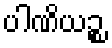
ပါဏိယဉ္စ